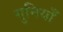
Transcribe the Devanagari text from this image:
गुनियाँ